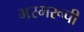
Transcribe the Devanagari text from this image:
भस्मरूपी